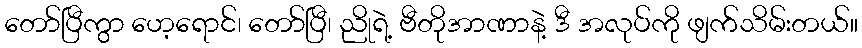
တော်ပြီကွာ ဟေ့ရောင်၊ တော်ပြီ၊ ညိုရဲ့ ဗီတိုအာဏာနဲ့ ဒီ အလုပ်ကို ဖျက်သိမ်းတယ်။